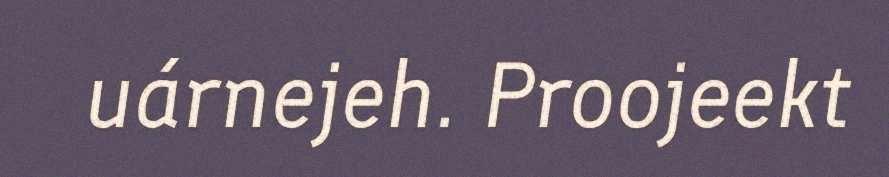
uárnejeh. Proojeekt